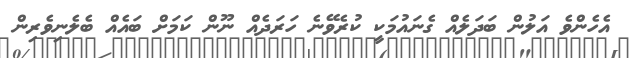
އެހެންވެ އަލުން ބަދަލެއް ގެނައުމަކީ ކުރެވޭނެ ހަރަދެއް ނޫން ކަމަށް ބައެއް ބެލެނިވެރިން